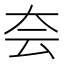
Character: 夽